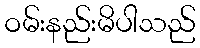
ဝမ်းနည်းမိပါသည်